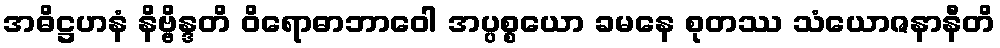
အဓိဋ္ဌဟနံ နိဗ္ဗိန္ဒတိ ဝိရောဓာဘာဝေါ အပ္ပစ္စယော ခမနေ စုတဿ သံယောဇနာနီတိ